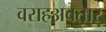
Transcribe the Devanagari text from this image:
वराहअवतार